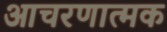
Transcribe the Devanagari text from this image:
आचरणात्मक